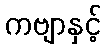
ကဗျာနှင့်